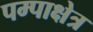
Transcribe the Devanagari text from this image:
पम्पाक्षेत्र